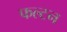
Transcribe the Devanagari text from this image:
फल्टन